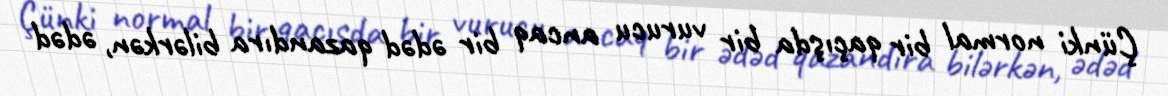
Çünki normal bir qaçışda bir vurucu ancaq bir ədəd qazandıra bilərkən, ədəd